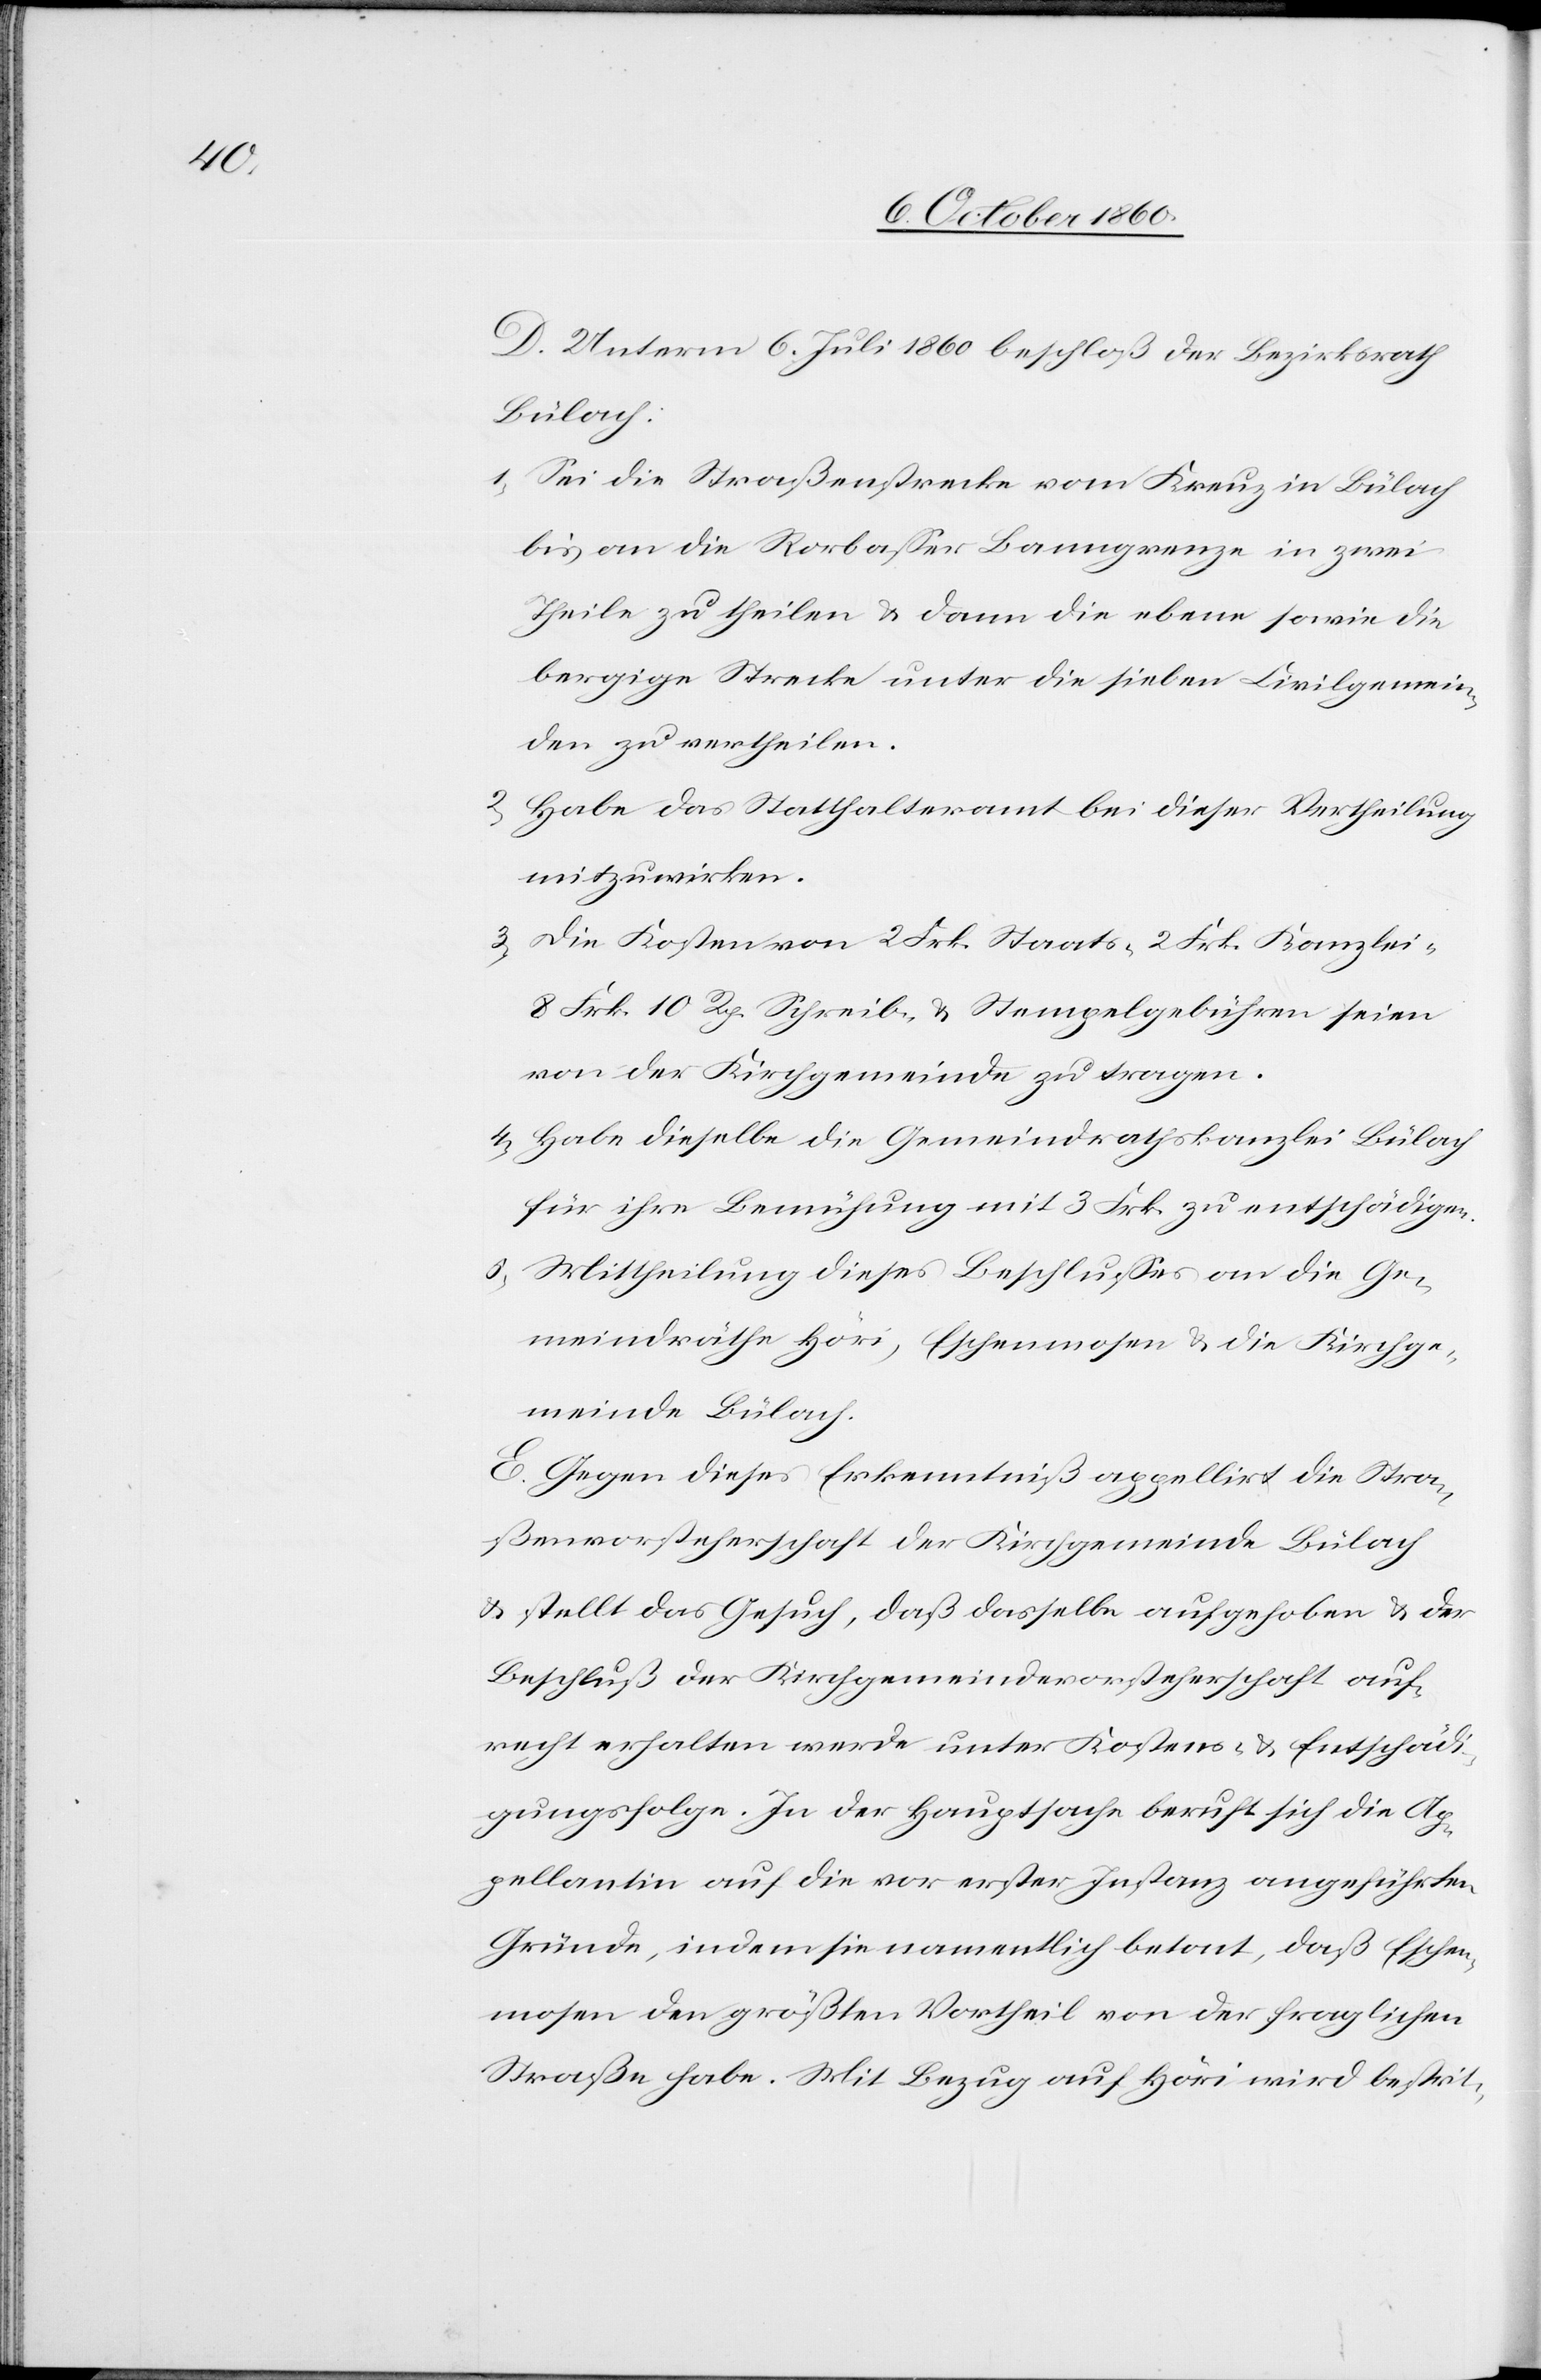
D. Unterm 6. Juli 1860 beschloß der Bezirksrath
Bülach:
1) Sei die Straßenstrecke vom Kreuz in Bülach
bis an die Rorbasser Banngrenze in zwei
Theile zu theilen u. dann die ebene sowie die
bergige Strecke unter die sieben Civilgemein¬
den zu vertheilen.
2) Habe das Statthalteramt bei dieser Vertheilung
mitzuwirken.
3) Die Kosten von 2. Frk. Staats-[,] 2 Frk. Kanzlei-[,]
8 Frk. 10 Rp. Schreib- u. Stempelgebühren seien
von der Kirchgemeinde zu tragen.
4) Habe dieselbe die Gemeindrathskanzlei Bülach
für ihre Bemühung mit 3 Frk. zu entschädigen.
5) Mittheilung dieses Beschlusses an die Ge¬
meindräthe Höri, Eschenmosen u. die Kirchge¬
meinde Bülach.
E. Gegen dieses Erkenntniß appellirt die Stra¬
ßenvorsteherschaft der Kirchgemeinde Bülach
u. stellt das Gesuch, daß dasselbe aufgehoben u. der
Beschluß der Kirchgemeindevorsteherschaft auf¬
recht erhalten werde unter Kosten- u. Entschädi¬
gungsfolge. In der Hauptsache beruft sich die Ap¬
pellantin auf die vor erster Instanz angeführten
Gründe, indem sie namentlich betont, daß Eschen¬
mosen den größten Vortheil von der fraglichen
Straße habe. Mit Bezug auf Höri wird bestrit-